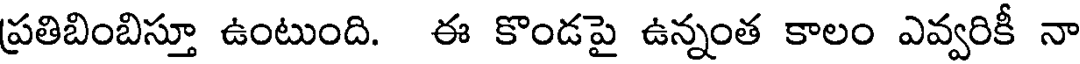
ప్రతిబింబిస్తూ ఉంటుంది. ఈ కొండపై ఉన్నంత కాలం ఎవ్వరికీ నా